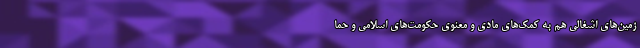
زمین‌های اشغالی هم به کمک‌های مادی و معنوی حکومت‌های اسلامی و حما